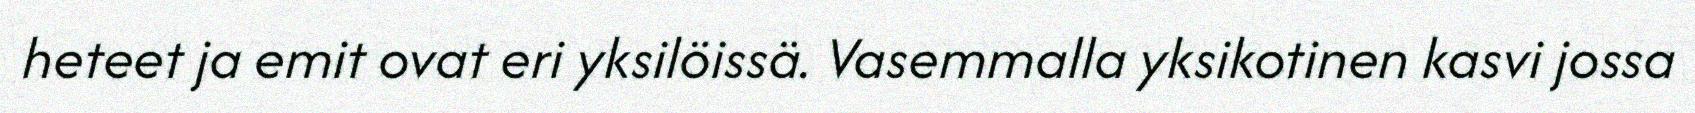
heteet ja emit ovat eri yksilöissä. Vasemmalla yksikotinen kasvi jossa